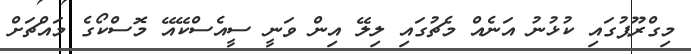
މިގްރޫޕުގައި ކުޅުނު އަނެއް މެޗުގައި ލިލޭ އިން ވަނީ ސީއެސްކޭއޭ މޮސްކޯގެ މައްޗަށް